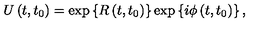
U \left( t , t _ { 0 } \right) = \exp \left\{ R \left( t , t _ { 0 } \right) \right\} \exp \left\{ i \phi \left( t , t _ { 0 } \right) \right\} ,